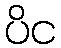
ပိင